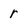
Character: r